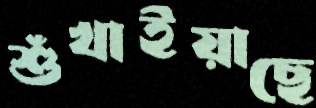
শুঁখাইয়াছে